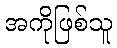
အကိုဖြစ်သူ